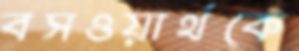
বসওয়ার্থকে